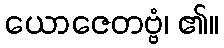
ယောဇေတဗ္ဗံ၊ ၏။